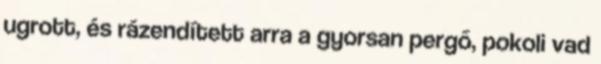
ugrott, és rázendített arra a gyorsan pergő, pokoli vad